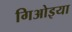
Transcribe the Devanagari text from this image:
गिओइया